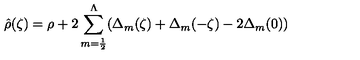
\hat { \rho } ( \zeta ) = \rho + 2 \sum _ { m = { \frac { 1 } { 2 } } } ^ { \Lambda } ( \Delta _ { m } ( \zeta ) + \Delta _ { m } ( - \zeta ) - 2 \Delta _ { m } ( 0 ) )